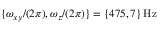
\{ \omega _ { x y } / ( 2 \pi ) , \omega _ { z } / ( 2 \pi ) \} = \{ 4 7 5 , 7 \} \, \mathrm { H z }